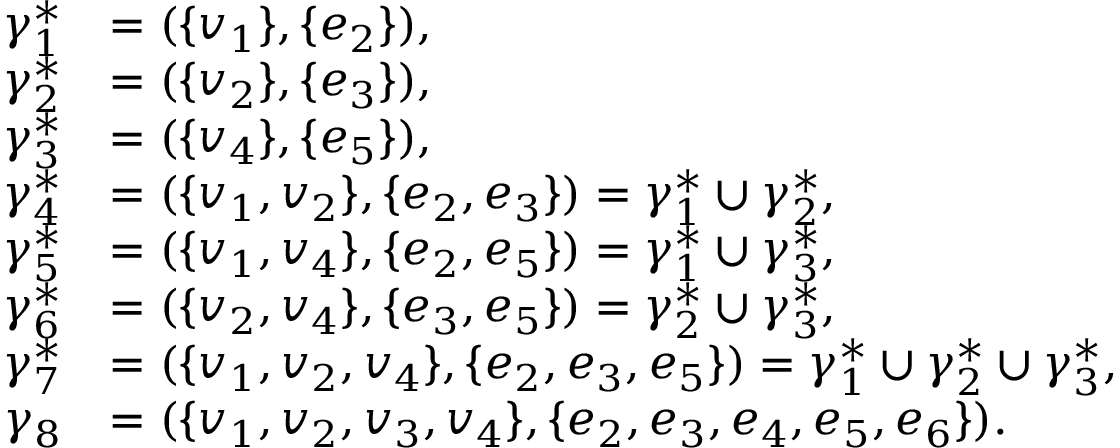
\begin{array} { r l } { \gamma _ { 1 } ^ { \ast } } & { = ( \{ v _ { 1 } \} , \{ e _ { 2 } \} ) , } \\ { \gamma _ { 2 } ^ { \ast } } & { = ( \{ v _ { 2 } \} , \{ e _ { 3 } \} ) , } \\ { \gamma _ { 3 } ^ { \ast } } & { = ( \{ v _ { 4 } \} , \{ e _ { 5 } \} ) , } \\ { \gamma _ { 4 } ^ { \ast } } & { = ( \{ v _ { 1 } , v _ { 2 } \} , \{ e _ { 2 } , e _ { 3 } \} ) = \gamma _ { 1 } ^ { \ast } \cup \gamma _ { 2 } ^ { \ast } , } \\ { \gamma _ { 5 } ^ { \ast } } & { = ( \{ v _ { 1 } , v _ { 4 } \} , \{ e _ { 2 } , e _ { 5 } \} ) = \gamma _ { 1 } ^ { \ast } \cup \gamma _ { 3 } ^ { \ast } , } \\ { \gamma _ { 6 } ^ { \ast } } & { = ( \{ v _ { 2 } , v _ { 4 } \} , \{ e _ { 3 } , e _ { 5 } \} ) = \gamma _ { 2 } ^ { \ast } \cup \gamma _ { 3 } ^ { \ast } , } \\ { \gamma _ { 7 } ^ { \ast } } & { = ( \{ v _ { 1 } , v _ { 2 } , v _ { 4 } \} , \{ e _ { 2 } , e _ { 3 } , e _ { 5 } \} ) = \gamma _ { 1 } ^ { \ast } \cup \gamma _ { 2 } ^ { \ast } \cup \gamma _ { 3 } ^ { \ast } , } \\ { \gamma _ { 8 } } & { = ( \{ v _ { 1 } , v _ { 2 } , v _ { 3 } , v _ { 4 } \} , \{ e _ { 2 } , e _ { 3 } , e _ { 4 } , e _ { 5 } , e _ { 6 } \} ) . } \end{array}